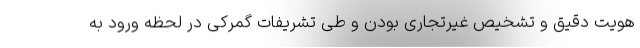
هویت دقیق و تشخیص غیرتجاری بودن و طی تشریفات گمرکی در لحظه ورود به